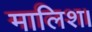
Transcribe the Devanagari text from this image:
मालिश।